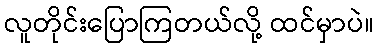
လူတိုင်းပြောကြတယ်လို့ ထင်မှာပဲ။